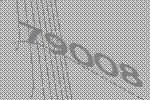
79008